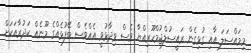
މިމައްސަލަ އާއި ގުޅިގެން ރައީސުލްޖުމްހޫރިއްޔާ ވެސް ވިދާޅުވީ އެެއްވެސް ބޭފުޅެއްގެ މޫނެއް ކަދުރާއަކަށް